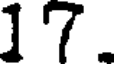
17.